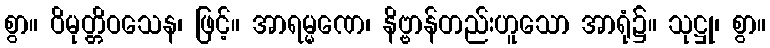
စွာ။ ဝိမုတ္တိဝသေန၊ ဖြင့်။ အာရမ္မဏေ၊ နိဗ္ဗာန်တည်းဟူသော အာရုံ၌။ သုဋ္ဌု၊ စွာ။